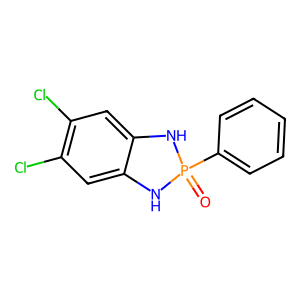
SMILES: O=P1(c2ccccc2)Nc2cc(Cl)c(Cl)cc2N1
Inhibits HIV replication: No